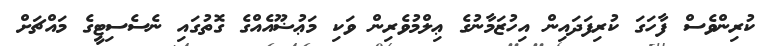
ކުރިންވެސް ފާހަގަ ކުރިފަދައިން އިހުޒަމާނުގެ ޢިލްމުވެރިން ވަކި މަޢުޟޫއެއްގެ ގޮތުގައި ނެސެސިޓީގެ މައްޗަށް